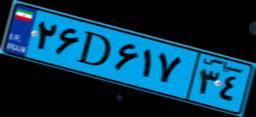
۹۳D۲۵۳۴۹